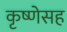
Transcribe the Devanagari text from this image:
कृष्णेसह